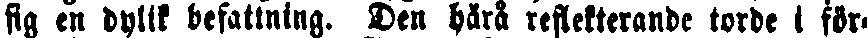
sig en dylik befattning. Den härå reflekterande torde i för-